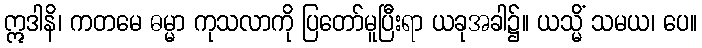
ဣဒါနိ၊ ကတမေ ဓမ္မာ ကုသလာကို ပြတော်မူပြီးရာ ယခုအခါ၌။ ယသ္မိံ သမယ၊ ပေ။